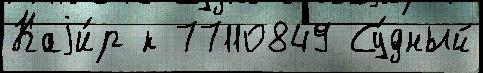
Каjи́р к 77110849 Су́дный